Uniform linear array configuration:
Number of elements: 48
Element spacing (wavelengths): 0.25
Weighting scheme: binomial
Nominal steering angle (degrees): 45
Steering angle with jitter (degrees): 44.398
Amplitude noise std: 0.05
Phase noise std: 0.05

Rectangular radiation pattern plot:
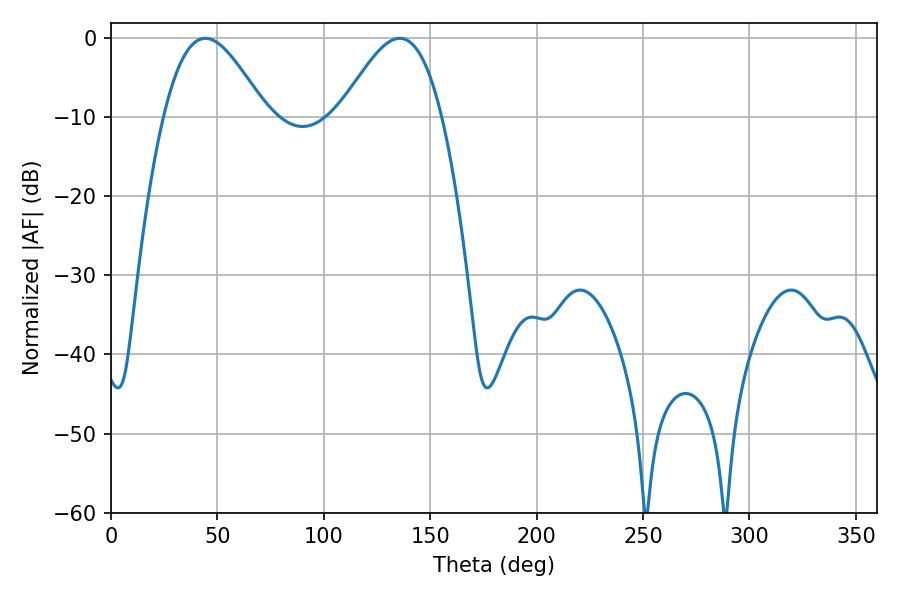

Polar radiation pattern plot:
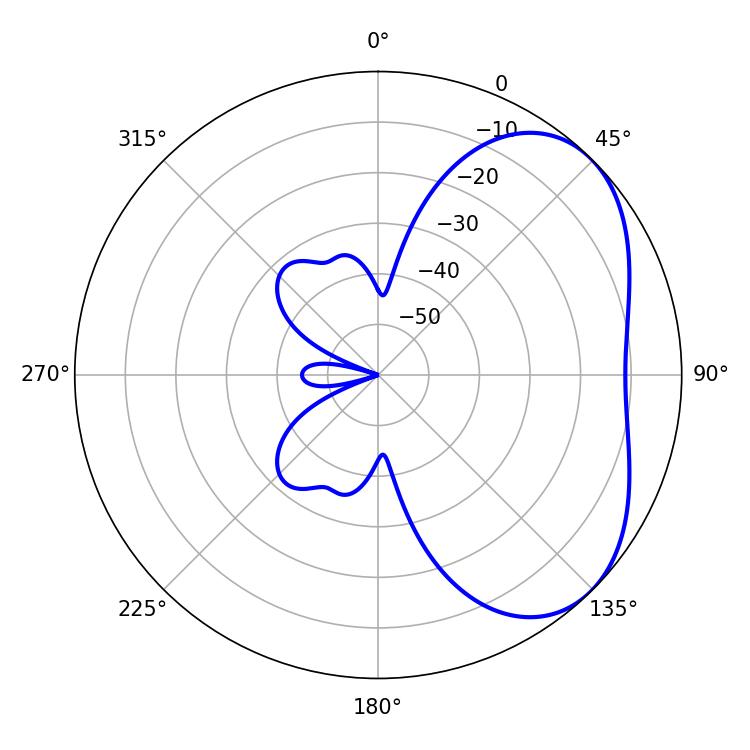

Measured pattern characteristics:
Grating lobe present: FALSE
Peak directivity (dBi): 4.288
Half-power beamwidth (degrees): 25.74
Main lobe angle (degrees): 44.28